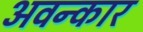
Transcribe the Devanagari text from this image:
अवन्कार